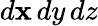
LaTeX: d\mathbf{x}\, dy\, dz